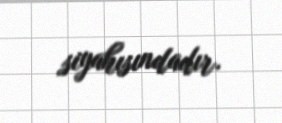
siyahısındadır.